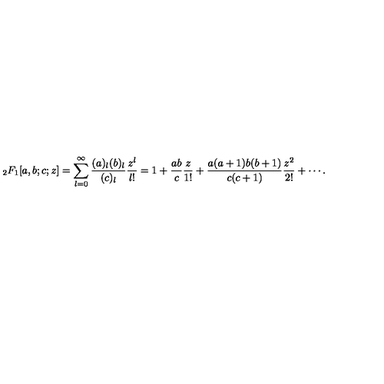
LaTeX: _ 2 F _ { 1 } [ a , b ; c ; z ] = \sum _ { l = 0 } ^ { \infty } { \frac { ( a ) _ { l } ( b ) _ { l } } { ( c ) _ { l } } } { \frac { z ^ { l } } { l ! } } = 1 + { \frac { a b } { c } } { \frac { z } { 1 ! } } + { \frac { a ( a + 1 ) b ( b + 1 ) } { c ( c + 1 ) } } { \frac { z ^ { 2 } } { 2 ! } } + \cdots .